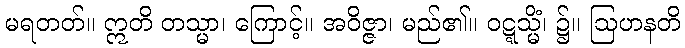
မရတတ်။ ဣတိ တသ္မာ၊ ကြောင့်။ အဝိဇ္ဇာ၊ မည်၏။ ဝဋ္ဋသ္မိံ၊ ၌။ ဩဟနတိ